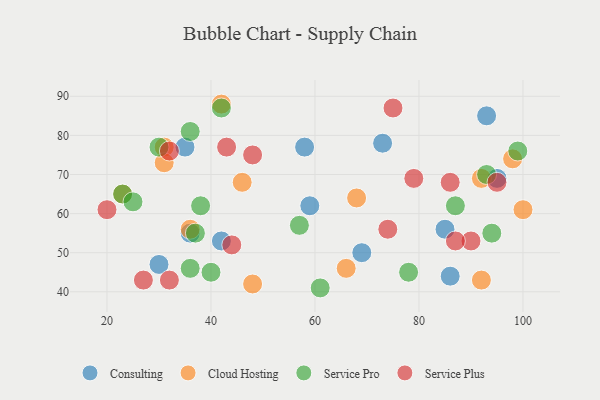
{"axis": {"x": "GDP", "y": "Life Expectancy"}, "legend": ["Cloud Hosting", "Consulting", "Service Plus", "Service Pro"], "data": [{"x": "35", "y": 77, "type": "Consulting"}, {"x": "93", "y": 85, "type": "Consulting"}, {"x": "36", "y": 55, "type": "Consulting"}, {"x": "85", "y": 56, "type": "Consulting"}, {"x": "95", "y": 69, "type": "Consulting"}, {"x": "42", "y": 53, "type": "Consulting"}, {"x": "69", "y": 50, "type": "Consulting"}, {"x": "59", "y": 62, "type": "Consulting"}, {"x": "86", "y": 44, "type": "Consulting"}, {"x": "30", "y": 47, "type": "Consulting"}, {"x": "58", "y": 77, "type": "Consulting"}, {"x": "73", "y": 78, "type": "Consulting"}, {"x": "46", "y": 68, "type": "Cloud Hosting"}, {"x": "48", "y": 42, "type": "Cloud Hosting"}, {"x": "98", "y": 74, "type": "Cloud Hosting"}, {"x": "31", "y": 77, "type": "Cloud Hosting"}, {"x": "68", "y": 64, "type": "Cloud Hosting"}, {"x": "36", "y": 56, "type": "Cloud Hosting"}, {"x": "92", "y": 69, "type": "Cloud Hosting"}, {"x": "31", "y": 73, "type": "Cloud Hosting"}, {"x": "66", "y": 46, "type": "Cloud Hosting"}, {"x": "92", "y": 43, "type": "Cloud Hosting"}, {"x": "23", "y": 65, "type": "Cloud Hosting"}, {"x": "42", "y": 88, "type": "Cloud Hosting"}, {"x": "100", "y": 61, "type": "Cloud Hosting"}, {"x": "93", "y": 70, "type": "Service Pro"}, {"x": "94", "y": 55, "type": "Service Pro"}, {"x": "40", "y": 45, "type": "Service Pro"}, {"x": "61", "y": 41, "type": "Service Pro"}, {"x": "99", "y": 76, "type": "Service Pro"}, {"x": "36", "y": 81, "type": "Service Pro"}, {"x": "87", "y": 62, "type": "Service Pro"}, {"x": "23", "y": 65, "type": "Service Pro"}, {"x": "78", "y": 45, "type": "Service Pro"}, {"x": "25", "y": 63, "type": "Service Pro"}, {"x": "30", "y": 77, "type": "Service Pro"}, {"x": "42", "y": 87, "type": "Service Pro"}, {"x": "36", "y": 46, "type": "Service Pro"}, {"x": "38", "y": 62, "type": "Service Pro"}, {"x": "37", "y": 55, "type": "Service Pro"}, {"x": "57", "y": 57, "type": "Service Pro"}, {"x": "43", "y": 77, "type": "Service Plus"}, {"x": "86", "y": 68, "type": "Service Plus"}, {"x": "27", "y": 43, "type": "Service Plus"}, {"x": "75", "y": 87, "type": "Service Plus"}, {"x": "95", "y": 68, "type": "Service Plus"}, {"x": "74", "y": 56, "type": "Service Plus"}, {"x": "48", "y": 75, "type": "Service Plus"}, {"x": "20", "y": 61, "type": "Service Plus"}, {"x": "90", "y": 53, "type": "Service Plus"}, {"x": "44", "y": 52, "type": "Service Plus"}, {"x": "79", "y": 69, "type": "Service Plus"}, {"x": "32", "y": 43, "type": "Service Plus"}, {"x": "87", "y": 53, "type": "Service Plus"}, {"x": "32", "y": 76, "type": "Service Plus"}]}